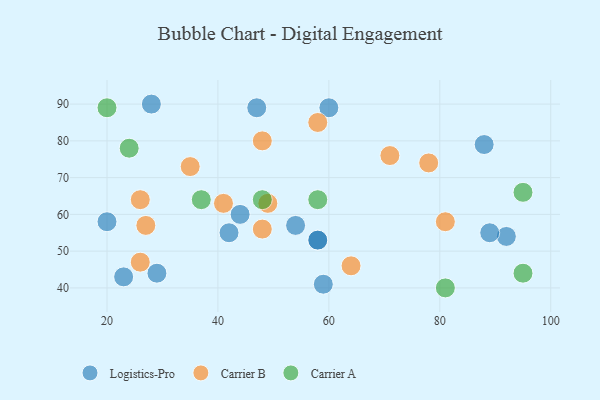
{"axis": {"x": "GDP", "y": "Life Expectancy"}, "legend": ["Carrier A", "Carrier B", "Logistics-Pro"], "data": [{"x": "60", "y": 89, "type": "Logistics-Pro"}, {"x": "42", "y": 55, "type": "Logistics-Pro"}, {"x": "92", "y": 54, "type": "Logistics-Pro"}, {"x": "47", "y": 89, "type": "Logistics-Pro"}, {"x": "54", "y": 57, "type": "Logistics-Pro"}, {"x": "58", "y": 53, "type": "Logistics-Pro"}, {"x": "28", "y": 90, "type": "Logistics-Pro"}, {"x": "88", "y": 79, "type": "Logistics-Pro"}, {"x": "20", "y": 58, "type": "Logistics-Pro"}, {"x": "59", "y": 41, "type": "Logistics-Pro"}, {"x": "23", "y": 43, "type": "Logistics-Pro"}, {"x": "89", "y": 55, "type": "Logistics-Pro"}, {"x": "58", "y": 53, "type": "Logistics-Pro"}, {"x": "29", "y": 44, "type": "Logistics-Pro"}, {"x": "44", "y": 60, "type": "Logistics-Pro"}, {"x": "78", "y": 74, "type": "Carrier B"}, {"x": "35", "y": 73, "type": "Carrier B"}, {"x": "64", "y": 46, "type": "Carrier B"}, {"x": "26", "y": 47, "type": "Carrier B"}, {"x": "41", "y": 63, "type": "Carrier B"}, {"x": "27", "y": 57, "type": "Carrier B"}, {"x": "49", "y": 63, "type": "Carrier B"}, {"x": "58", "y": 85, "type": "Carrier B"}, {"x": "71", "y": 76, "type": "Carrier B"}, {"x": "81", "y": 58, "type": "Carrier B"}, {"x": "26", "y": 64, "type": "Carrier B"}, {"x": "48", "y": 80, "type": "Carrier B"}, {"x": "48", "y": 56, "type": "Carrier B"}, {"x": "81", "y": 40, "type": "Carrier A"}, {"x": "58", "y": 64, "type": "Carrier A"}, {"x": "24", "y": 78, "type": "Carrier A"}, {"x": "37", "y": 64, "type": "Carrier A"}, {"x": "95", "y": 44, "type": "Carrier A"}, {"x": "20", "y": 89, "type": "Carrier A"}, {"x": "95", "y": 66, "type": "Carrier A"}, {"x": "48", "y": 64, "type": "Carrier A"}]}